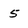
Character: 5